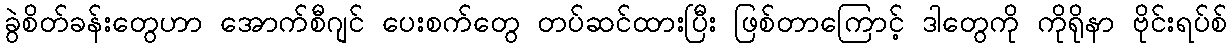
ခွဲစိတ်ခန်းတွေဟာ အောက်စီဂျင် ပေးစက်တွေ တပ်ဆင်ထားပြီး ဖြစ်တာကြောင့် ဒါတွေကို ကိုရိုနာ ဗိုင်းရပ်စ်